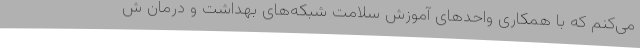
می‌کنم که با همکاری واحدهای آموزش سلامت شبکه‌های بهداشت و درمان ش